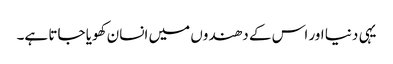
یہی دنیا اور اس کے دھندوں میں انسان کھویا جاتا ہے۔